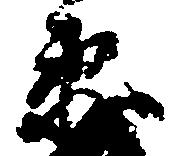
衛